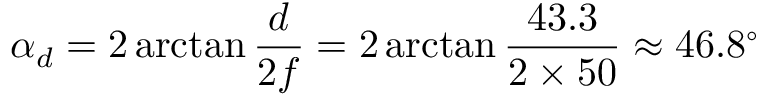
\alpha _ { d } = 2 \arctan { \frac { d } { 2 f } } = 2 \arctan { \frac { 4 3 . 3 } { 2 \times 5 0 } } \approx 4 6 . 8 ^ { \circ }